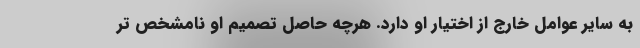
به سایر عوامل خارج از اختیار او دارد. هر‌چه حاصل تصمیم او نامشخص تر